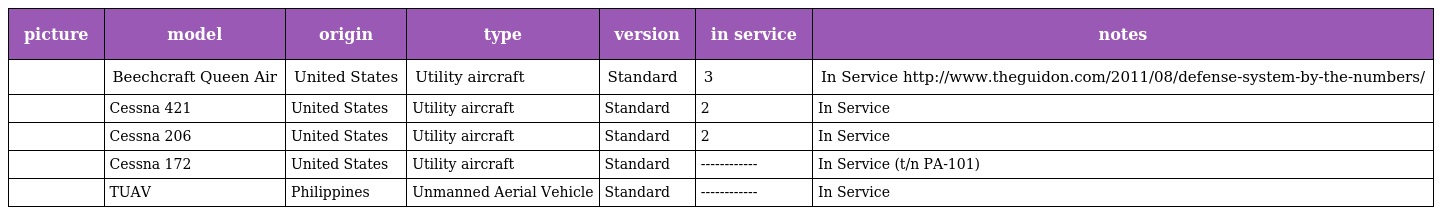
| picture | model | origin | type | version | in service | notes |
 | --- | --- | --- | --- | --- | --- | --- |
 |  | Beechcraft Queen Air | United States | Utility aircraft | Standard | 3 | In Service http://www.theguidon.com/2011/08/defense-system-by-the-numbers/ |
 |  | Cessna 421 | United States | Utility aircraft | Standard | 2 | In Service |
 |  | Cessna 206 | United States | Utility aircraft | Standard | 2 | In Service |
 |  | Cessna 172 | United States | Utility aircraft | Standard | ------------ | In Service (t/n PA-101) |
 |  | TUAV | Philippines | Unmanned Aerial Vehicle | Standard | ------------ | In Service |